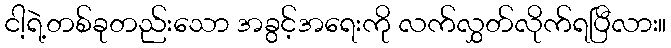
ငါ့ရဲ့တစ်ခုတည်းသော အခွင့်အရေးကို လက်လွှတ်လိုက်ရပြီလား။